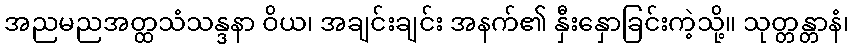
အညမညအတ္ထသံသန္ဒနာ ဝိယ၊ အချင်းချင်း အနက်၏ နှီးနှောခြင်းကဲ့သို့။ သုတ္တန္တာနံ၊